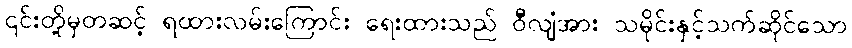
၎င်းတို့မှတဆင့် ရထားလမ်းကြောင်း ရေးထားသည် ဝီလျံအား သမိုင်းနှင့်သက်ဆိုင်သော